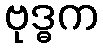
ဗုဒ္ဓက